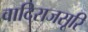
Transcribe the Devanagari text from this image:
वादिराजसूरि